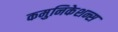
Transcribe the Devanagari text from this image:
कमुनिकेशन्स